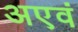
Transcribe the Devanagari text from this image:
अएवं